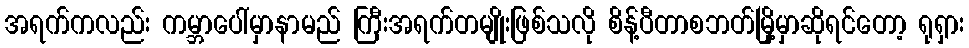
အရက်ကလည်း ကမ္ဘာပေါ်မှာနာမည် ကြီးအရက်တမျိုးဖြစ်သလို စိန့်ပီတာစဘတ်မြို့မှာဆိုရင်တော့ ရုရှား